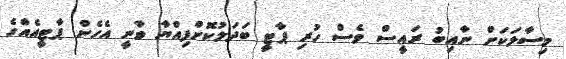
މިސާލަކަށް ނާއިބު ރައީސް ވެސް ހުރި ޕާޓީ ބަދަލުކޮށްފިއްޔާ ވާނީ އެހެން ޕާޓީއެއްގެ